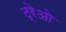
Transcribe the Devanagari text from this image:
ट्रेओ